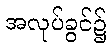
အလုပ်ခွင်၌